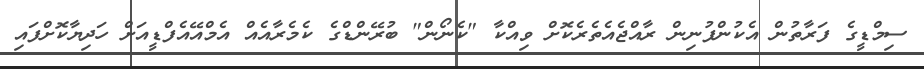
ސިމްޑީގެ ފަރާތުން އެކުންފުނިން ރާއްޖެއެތެރެކޮށް ވިއްކާ "ކެނޯން" ބުރޭންޑްގެ ކެމެރާއެއް އެމްއޭއެފްޑީއަށް ހަދިޔާކޮށްފައި